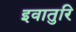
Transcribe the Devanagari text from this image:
इवातुरि